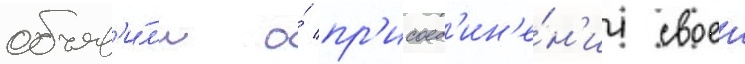
объяв'и́л'и о́ пр'исоед'ин'е́н'ии своеи